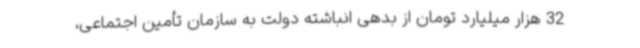
32 هزار میلیارد تومان از بدهی انباشته دولت به سازمان تأمین ‌اجتماعی،